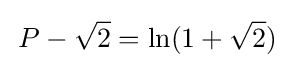
\!\ P-{\sqrt {2}}=\ln(1+{\sqrt {2}})